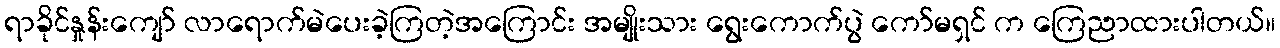
ရာခိုင်နှုန်းကျော် လာရောက်မဲပေးခဲ့ကြတဲ့အကြောင်း အမျိုးသား ရွေးကောက်ပွဲ ကော်မရှင် က ကြေညာထားပါတယ်။